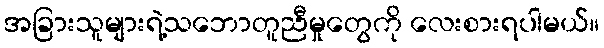
အခြားသူများရဲ့သဘောတူညီမှုတွေကို လေးစားရပါမယ်။